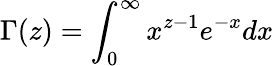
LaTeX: \Gamma(z)=\int_{0}^{\infty}x^{z-1}e^{-x}dx